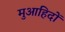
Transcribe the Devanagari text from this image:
मुआहिदों